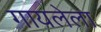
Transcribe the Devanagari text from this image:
गायलेला